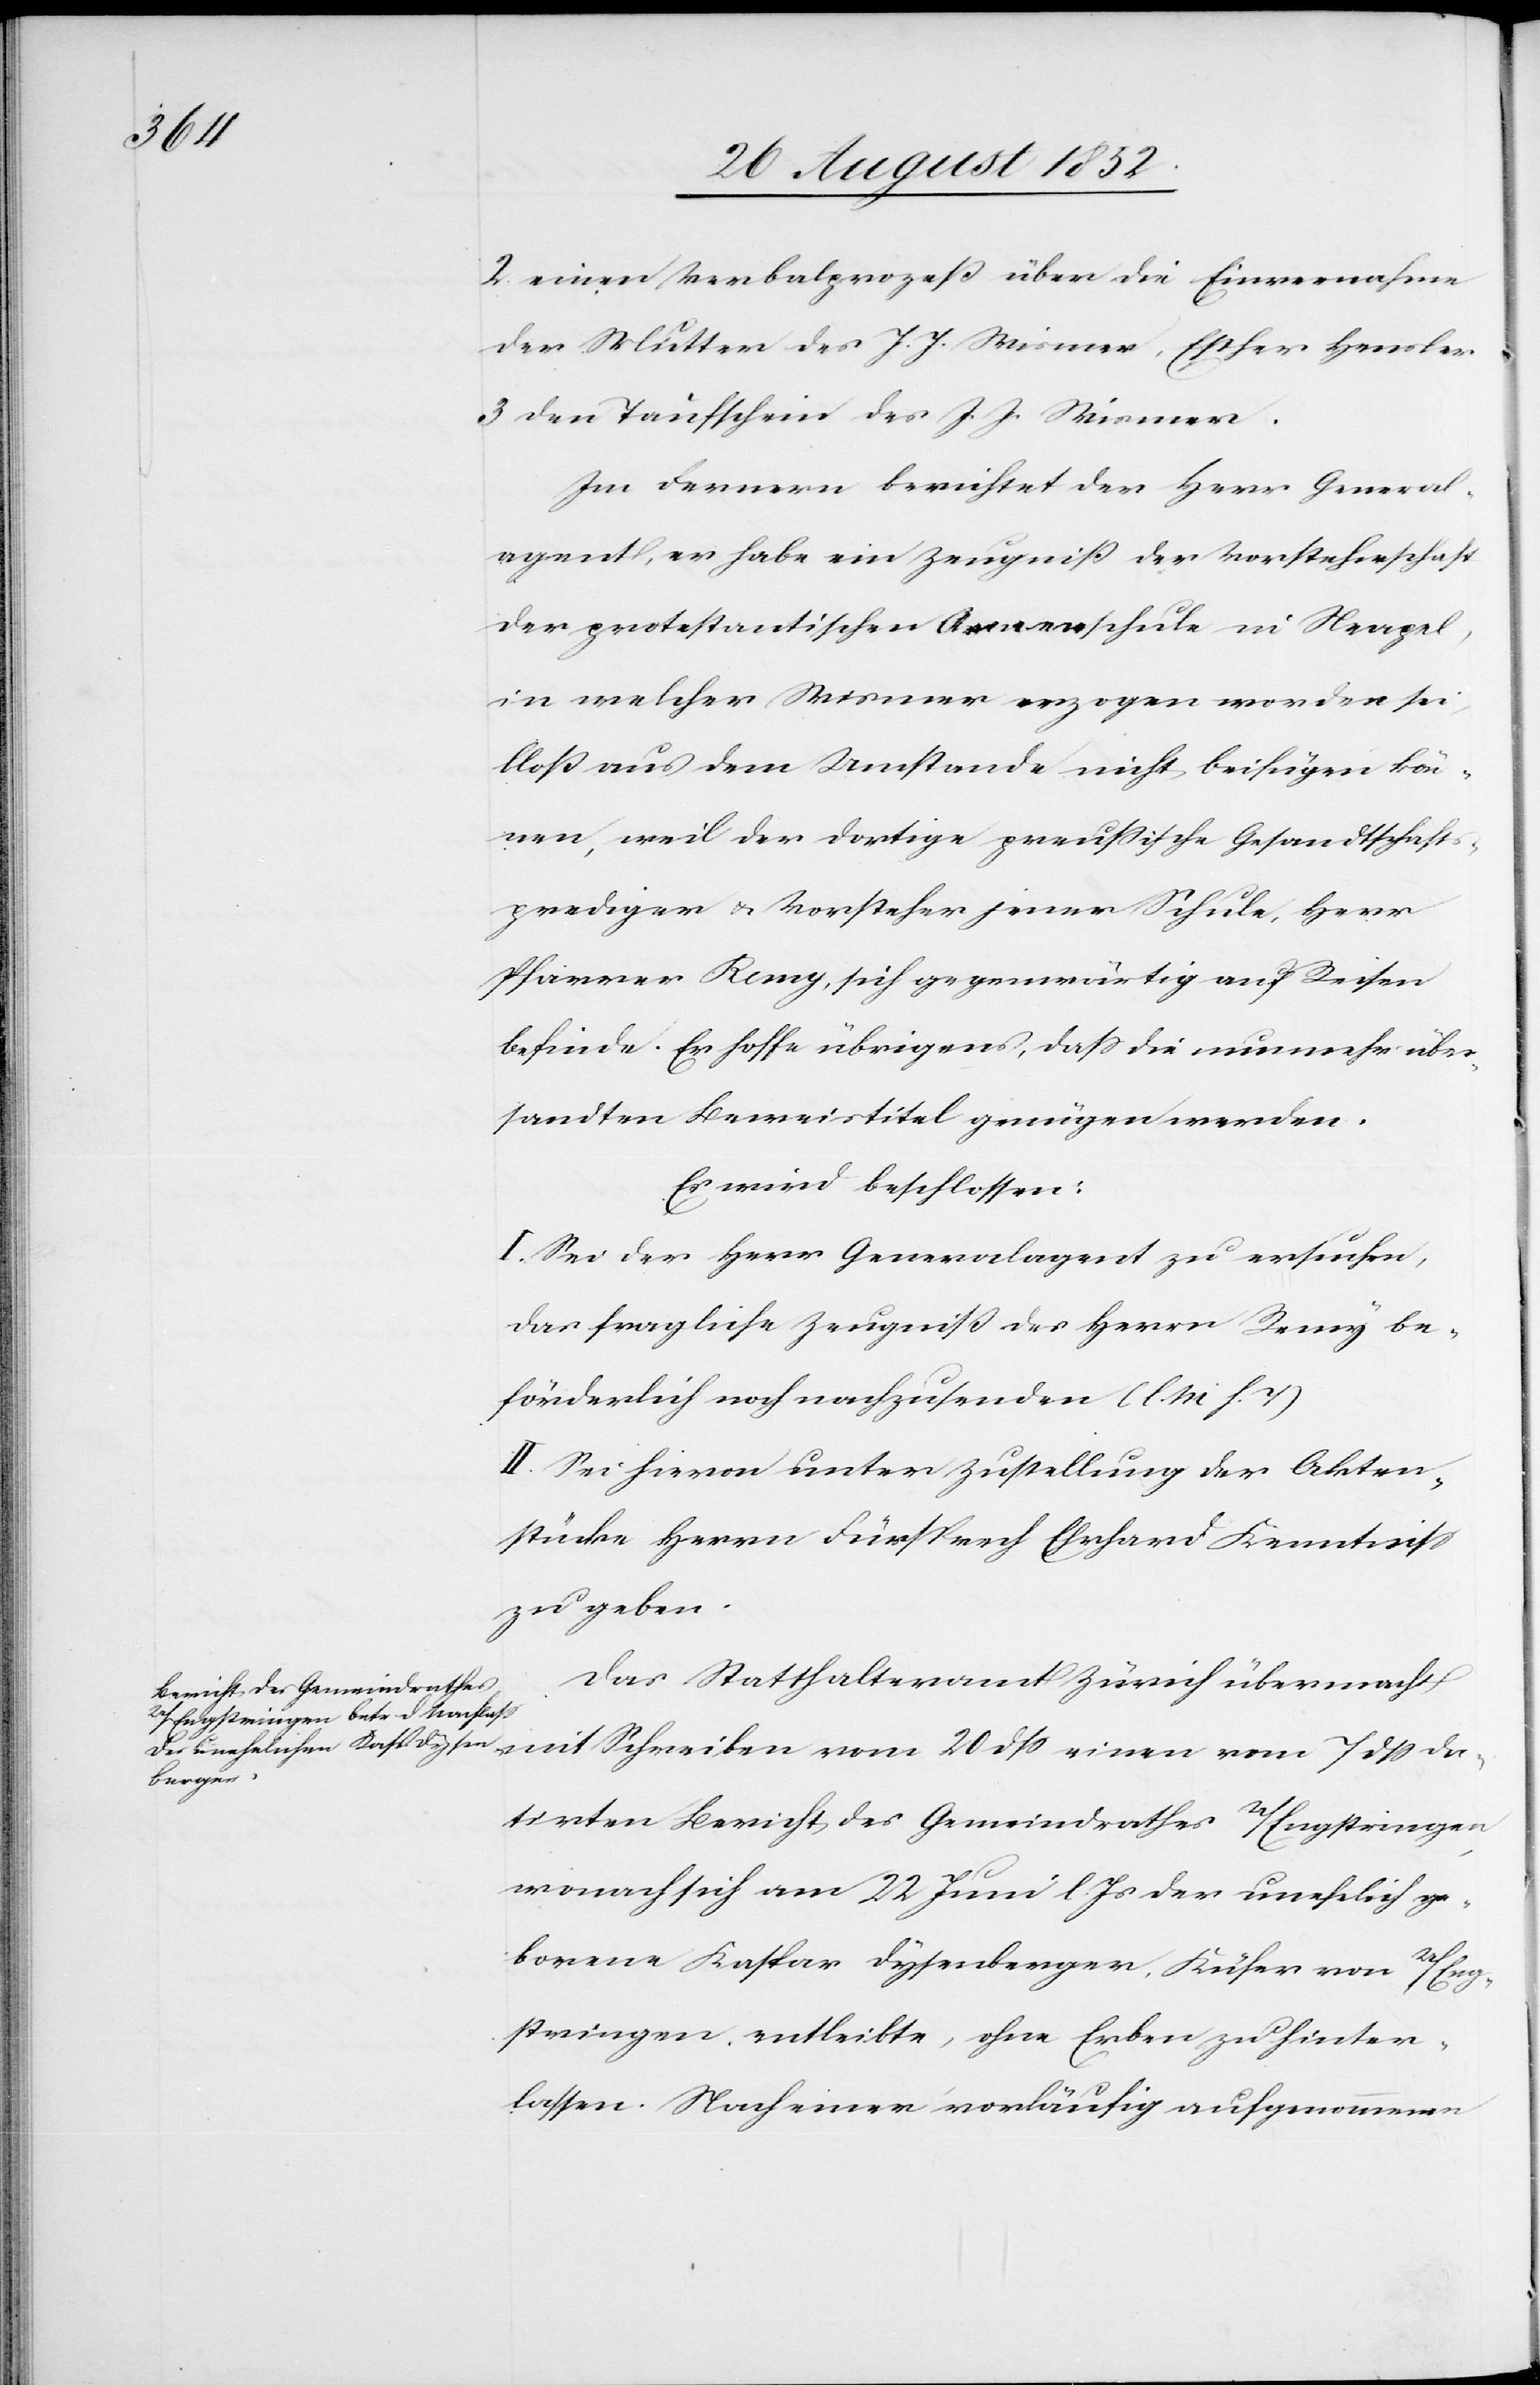
2. einen Verbalprozeß über die Einvernahme
der Mutter des J. J. Wismer, Esther Hensler
3 den Taufschein des J. J. Wismer.
Im Fernern berichtet der Herr General¬
agent, er habe ein Zeugniß der Vorsteherschaft
der protestantischen Armenschule in Neapel,
in welcher Wismer erzogen worden sei,
bloß aus dem Umstande nicht beifügen kön¬
nen, weil der dortige preußische Gesandtschaft¬
sprediger & Vorsteher jener Schule, Herr
Pfarrer Remy, sich gegenwärtig auf Reisen
befinde. Er hoffe übrigens, dass die nunmehr über¬
sandten Beweistitel genügen werden.
Es wird beschlossen:
I. Sei der Herr Generalagent zu ersuchen,
das fragliche Zeugniß des Herrn Remy be¬
förderlich noch nachzusenden (l. M h. T)
II. Sei hievon unter Zustellung der Akten¬
stücke Herrn Fürsprech Ehrhard Kenntniss
zu geben.
Das Statthalteramt Zürich übermacht
dß da¬
tirten Bericht des Gemeindrathes U/Engstringen,
wonach sich am 22 Juni l. Js der unehelich ge¬
borene Kaspar Dysenberger, Küfer von U/Eng¬
stringen entleibte, ohne Erben zu hinter¬
lassen. Nach einer vorläufig aufgenommenen